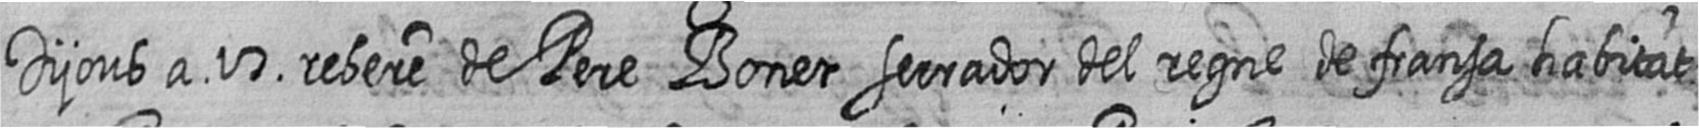
Dijous a 17 rebere de Pere Bonet serrador del regne de fransa habitat